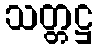
သတ္တဋ္ဌ